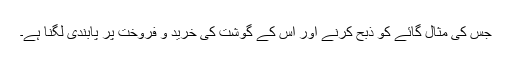
جس کی مثال گائے کو ذبح کرنے اور اس کے گوشت کی خرید و فروخت پر پابندی لگنا ہے۔